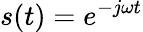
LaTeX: s(t)=e^{-j\omega t}